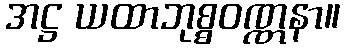
အဋ္ဌ ယထာဘုစ္စဝဏ္ဏနာ။